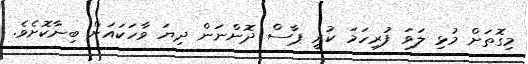
މިގޮތަށް މުޅި ލަވަ ފުރިހަމަ ކުރީ ޕާސް ދޮންނަން ދިޔަ ވާހަކައަށް ބިނާކޮށެވެ.